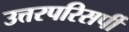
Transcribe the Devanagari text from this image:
उत्तरपरिसर्पी